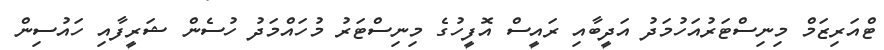
ޓްއަރިޒަމް މިނިސްޓަރުއަހުމަދު އަދީބާއި ރައީސް އޮފީހުގެ މިނިސްޓަރު މުހައްމަދު ހުސެން ޝަރީފާއި ހައުސިން